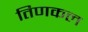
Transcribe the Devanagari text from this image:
तिणकल